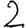
Digit: 2